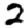
Digit: 2